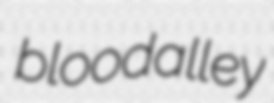
bloodalley